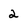
Character: 2